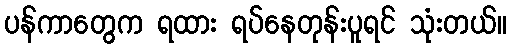
ပန်ကာတွေက ရထား ရပ်နေတုန်းပူရင် သုံးတယ်။